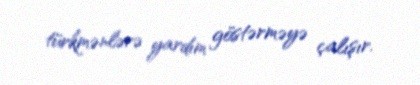
türkmənlərə yardım göstərməyə çalışır.